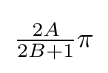
{\textstyle {\frac {2A}{2B+1}}\pi }